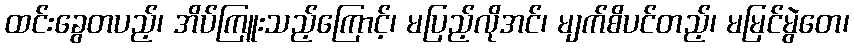
ထင်းခွေတပည့်၊ အိပ်ကြူးသည့်ကြောင့်၊ မပြည့်လိုအင်၊ မျက်စိပင်တည့်၊ မမြင်မွဲတေ၊